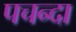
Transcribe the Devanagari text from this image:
पचन्दा